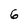
Character: 6